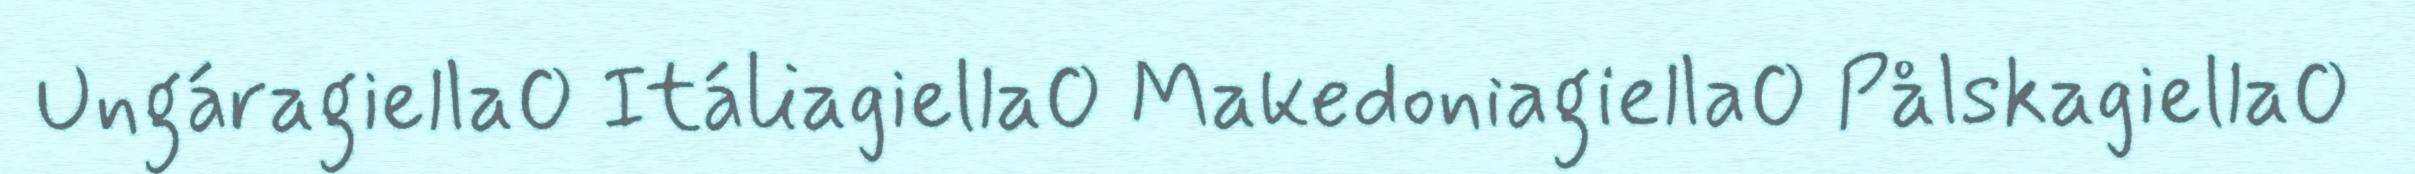
Ungáragiella Itáliagiella Makedoniagiella Pålskagiella